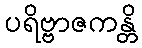
ပရိဗ္ဗာဇကန္တိ